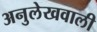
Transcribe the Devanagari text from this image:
अनुलेखवाली